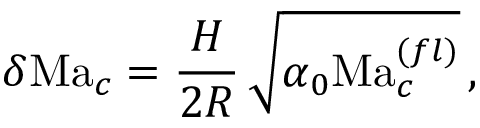
\delta \mathrm { M a } _ { c } = \frac { H } { 2 R } \, \sqrt { \alpha _ { 0 } \mathrm { M a } _ { c } ^ { ( f l ) } } \, , \